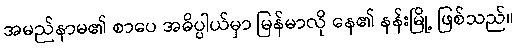
အမည်နာမ၏ စာပေ အဓိပ္ပါယ်မှာ မြန်မာလို နေ၏ နန်းမြို့ ဖြစ်သည်။